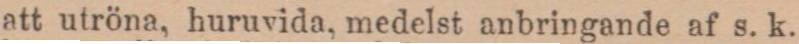
att utröna, huruvida, medelst anbringande af s. k.